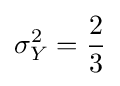
\sigma _{Y}^{2}={\frac {2}{3}}